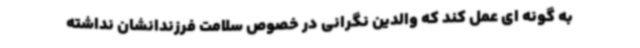
به گونه ای عمل کند که والدین نگرانی در خصوص سلامت فرزندانشان نداشته